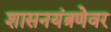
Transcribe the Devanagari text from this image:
शासनयंत्रणेवर